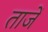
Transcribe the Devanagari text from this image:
ताजें